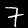
Digit: 7